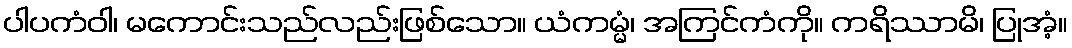
ပါပကံဝါ၊ မကောင်းသည်လည်းဖြစ်သော။ ယံကမ္မံ၊ အကြင်ကံကို။ ကရိဿာမိ၊ ပြုအံ့။